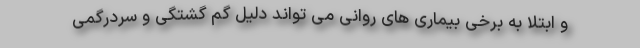
و ابتلا به برخی بیماری های روانی می تواند دلیل گم گشتگی و سردرگمی